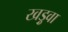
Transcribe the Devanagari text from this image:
खड़ुवा